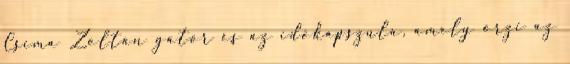
Csima Zoltán gátõr és az idõkapszula, amely õrzi az